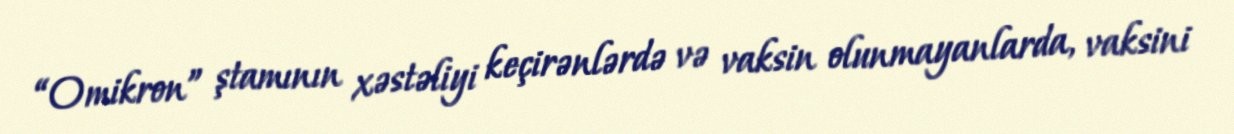
“Omikron” ştamının xəstəliyi keçirənlərdə və vaksin olunmayanlarda, vaksini